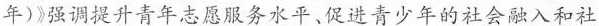
年)》强调提升青年志愿务水平、促进青少年的社会融入和社